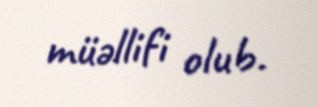
müəllifi olub.